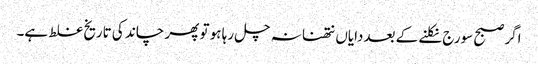
اگر صبح سورج نکلنے کے بعددایاں نتھنا نہ چل رہا ہو تو پھر چاند کی تاریخ غلط ہے۔